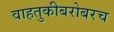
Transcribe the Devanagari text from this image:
वाहतुकीबरोबरच